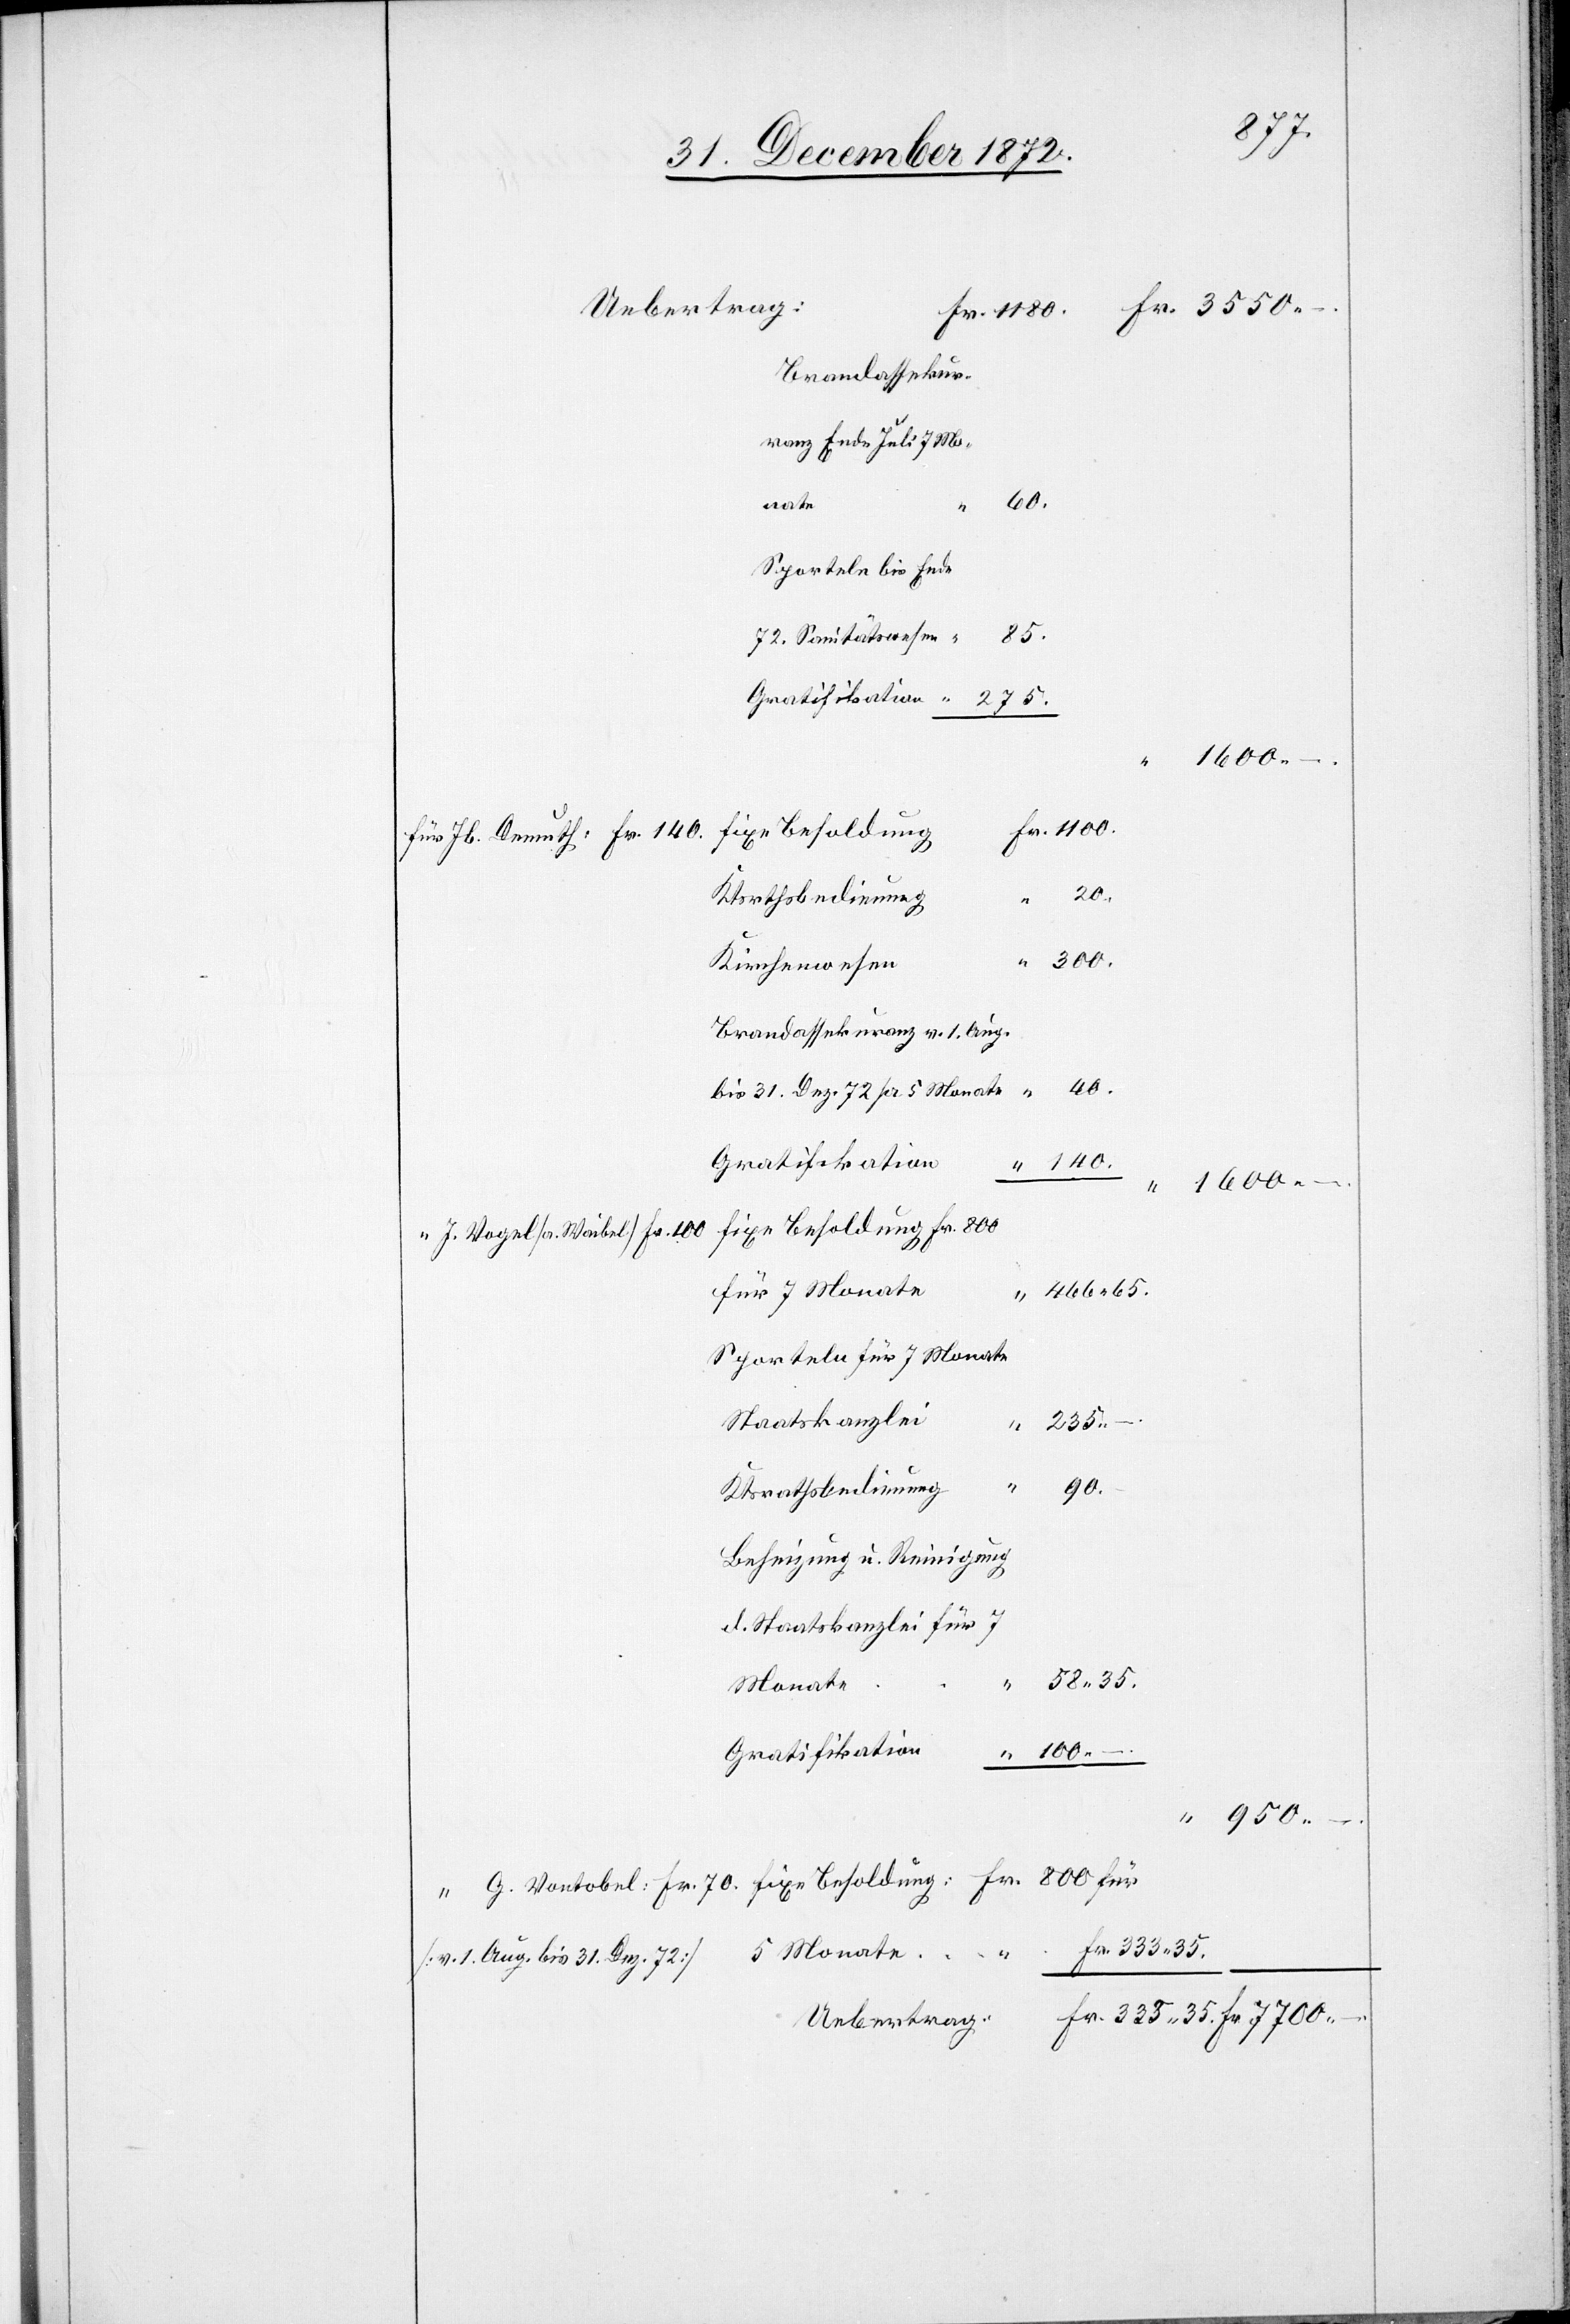
Uebertrag:
Brandassekur¬
ranz Ende Juli 7
60.
Waibel]
Sporteln bis Ende
85.
72. Sanitätswesen
275.
Fr. 100
20.
Ktsrthsbedienung
300.
Kirchenwesen
Brandassekuranz v. 1. Aug.
bis 31. Dez. 72 pr 5 Monate
Gratifikation
140.
fixe Besoldung: Fr. 800
für 5 Monate
466 65.
Sporteln für 7 Monate
Staatskanzlei
235 – .
1180.
70.
Ktsrathsbedienung
Beheizung u. Reinigung
d. Staatskanzlei für 7
Fr.
333 35.
Monate
100 –
Gratifikation
.
Demuth: